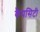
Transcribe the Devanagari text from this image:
कैपसिटी